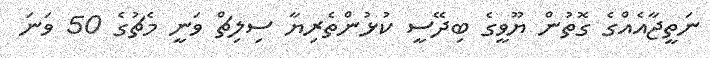
ނަތީޖާއެއްގެ ގޮތުން ޔޫވީގެ ބިދޭސީ ކުޅުންތެރިޔާ ސިލިޗް ވަނީ މެޗުގެ 50 ވަނަ